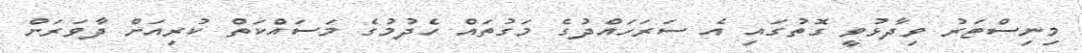
މިނިސްޓަރު ވިދާޅުވީ ގޮތުގައި އެ ސަރަަހައްދުގެ މަގުތައް ހެދުމުގެ މަސައްކަތް ކުރިއަށް ދާވަރަށް